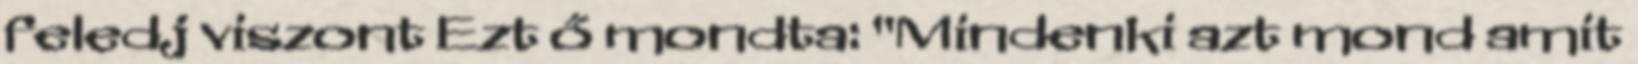
feledj viszont Ezt ő mondta: "Mindenki azt mond amit